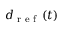
d _ { \textrm { r e f } } \left( t \right)